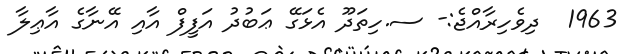
1963  ދިވެހިރާއްޖެ:- ސ.ހިތަދޫ އެޅަގޭ ޢަބުދު އަފީފް އާއި އޭނާގެ އާޢިލާ